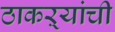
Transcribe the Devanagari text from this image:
ठाकऱ्यांची